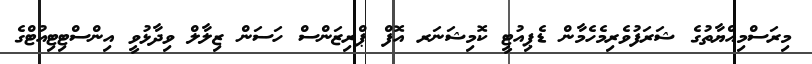
މިރަސްމިއްޔާތުގެ ޝަރަފުވެރިމެހެމާން ޑެޕިއުޓީ ކޮމިޝަނަރ އޮފް ޕްރިޒަންސް ހަސަން ޒިލާލް ވިދާޅުވީ އިންސްޓިޓިއުޓްގެ